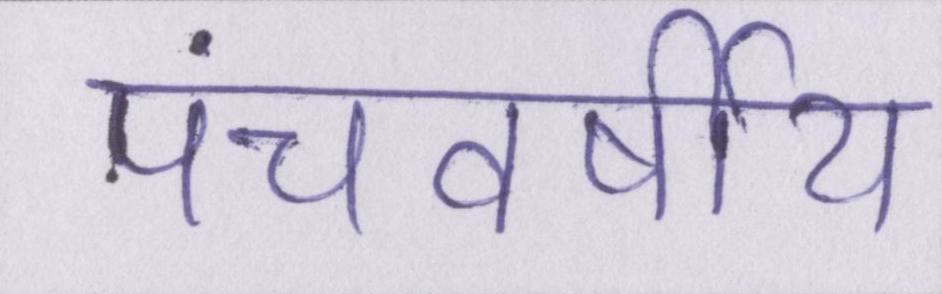
पंचवर्षीय